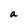
Character: a